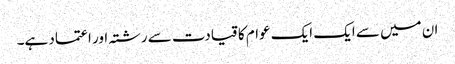
ان میں سے ایک ایک عوام کا قیادت سے رشتہ اور اعتماد ہے۔